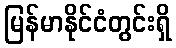
မြန်မာနိုင်ငံတွင်းရှိ